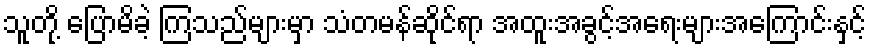
သူတို့ ပြောမိခဲ့ ကြသည်များမှာ သံတမန်ဆိုင်ရာ အထူးအခွင့်အရေးများအကြောင်းနှင့်